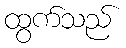
ထွက်သည်